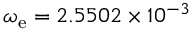
\omega _ { \mathrm { e } } = 2 . 5 5 0 2 \times 1 0 ^ { - 3 }